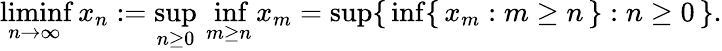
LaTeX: \operatorname*{liminf}_{n\to\infty}x_{n}:=\operatorname*{sup}_{n\geq 0}\, \operatorname*{inf}_{m\geq n}x_{m}=\operatorname*{sup}\{ \, \operatorname*{inf}\{ \, x_{m}:m\geq n\, \} :n\geq 0\, \} .